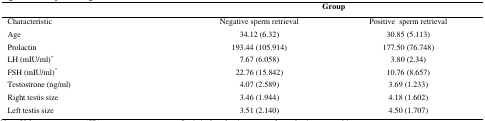
|  | <COLSPAN=2> Group |
 | --- | --- | --- |
 | Characteristic | Negative sperm retrieval | Positive sperm retrieval |
 | Age | 34.12 (6.32) | 30.85 (5.113) |
 | Prolactin | 193.44 (105.914) | 177.50 (76.748) |
 | LH (mIU/ml)* | 7.67 (6.058) | 3.80 (2.34) |
 | FSH (mIU/ml)* | 22.76 (15.842) | 10.76 (8.657) |
 | Testostrone (ng/ml) | 4.07 (2.589) | 3.69 (1.233) |
 | Right testis size | 3.46 (1.944) | 4.18 (1.602) |
 | Left testis size | 3.51 (2.140) | 4.50 (1.707) |